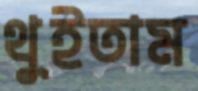
থুইতাম